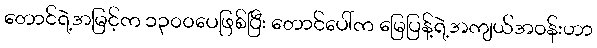
တောင်ရဲ့အမြင့်က ၁၃၀၀ပေဖြစ်ပြီး တောင်ပေါ်က မြေပြန့်ရဲ့အကျယ်အဝန်းဟာ